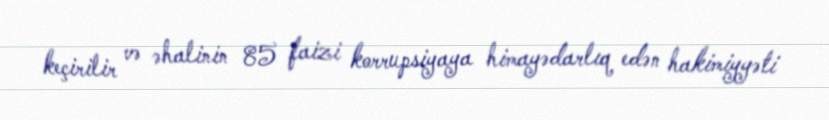
keçirilir və əhalinin 85 faizi korrupsiyaya himayədarlıq edən hakimiyyəti